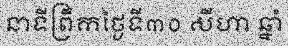
នាទីព្រឹកថ្ងៃទី៣០ សីហា ឆ្នាំ